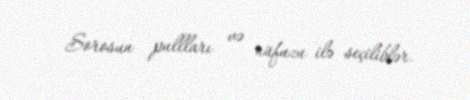
Sorosun pullları və nüfuzu ilə seçiliblər.